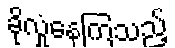
ခိုလှုံနေကြသည့်